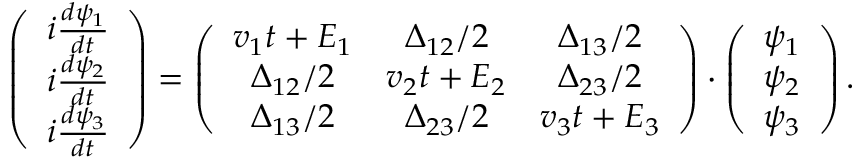
\left( \begin{array} { c } { i \frac { d \psi _ { 1 } } { d t } } \\ { i \frac { d \psi _ { 2 } } { d t } } \\ { i \frac { d \psi _ { 3 } } { d t } } \end{array} \right) = \left( \begin{array} { c c c } { v _ { 1 } t + E _ { 1 } } & { \Delta _ { 1 2 } / 2 } & { \Delta _ { 1 3 } / 2 } \\ { \Delta _ { 1 2 } / 2 } & { v _ { 2 } t + E _ { 2 } } & { \Delta _ { 2 3 } / 2 } \\ { \Delta _ { 1 3 } / 2 } & { \Delta _ { 2 3 } / 2 } & { v _ { 3 } t + E _ { 3 } } \end{array} \right) \cdot \left( \begin{array} { c } { \psi _ { 1 } } \\ { \psi _ { 2 } } \\ { \psi _ { 3 } } \end{array} \right) .